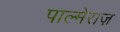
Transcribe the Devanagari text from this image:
पाल्मेराज़